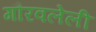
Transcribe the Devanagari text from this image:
गौरवलेली